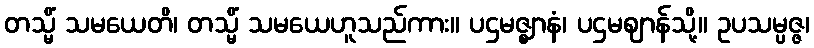
တသ္မိံ သမယေတိ၊ တသ္မိံ သမယေဟူသည်ကား။ ပဌမဇ္ဈာနံ၊ ပဌမဈာန်သို့။ ဥပသမ္ပဇ္ဇ၊